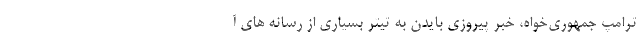
ترامپ جمهوری‌خواه، خبر پیروزی بایدن به تیتر بسیاری از رسانه های آ